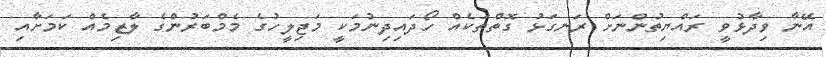
އޭނާ ވިދާޅުވީ ރައްޔިތުންނަށް ރަނގަޅު ގޮތްތަކެއް ހޯދައިދިނުމަކީ މަޖިލީހުގެ މެމްބަރުންގެ ލާޒިމެއް ކަމަށާއި